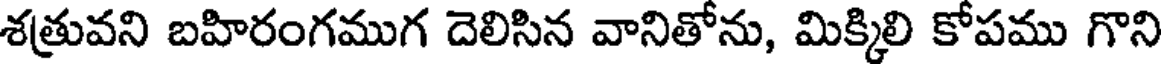
శత్రువని బహిరంగముగ దెలిసిన వానితోను, మిక్కిలి కోపము గొని